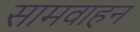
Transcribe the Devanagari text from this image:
सामवाहन